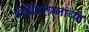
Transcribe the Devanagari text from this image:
गोविंदाग्रजांच्या